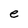
Character: e